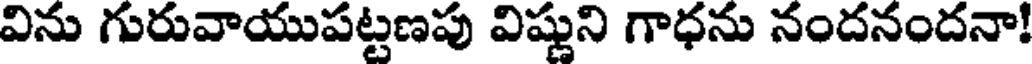
విను గురువాయుపట్టణపు విష్ణుని గాధను నందనందనా!